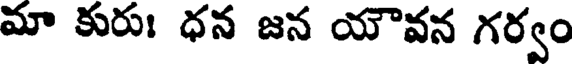
మా కురుః ధన జన యౌవన గర్వం